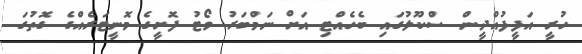
ހުރީ އަފީފުއްދީން ސްކޫލުގައި ބެހެއްޓި އަށް ނަމްބަރު ވޯޓު ފޮށީގެ މޮނީޓަރެއްގެ ގޮތުގަ